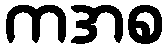
ကအစ